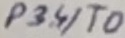
Text: P3.4/T0